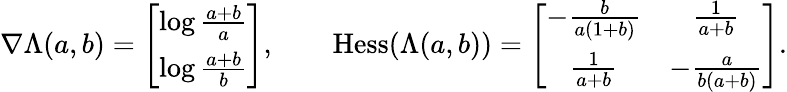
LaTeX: \begin{array}{r}{\nabla\Lambda(a,b)=\left[\begin{array}{c}{\log\frac{a+b}{a}}\\ {\log\frac{a+b}{b}}\end{array}\right],\qquad\mathrm{Hess}(\Lambda(a,b))=\left[\begin{array}{cc}{-\frac{b}{a(1+b)}}&{\frac{1}{a+b}}\\ {\frac{1}{a+b}}&{-\frac{a}{b(a+b)}}\end{array}\right].}\end{array}